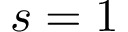
s = 1